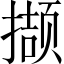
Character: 撷